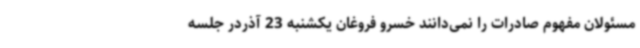
مسئولان مفهوم صادرات را نمی‌دانند خسرو فروغان یکشنبه 23 آذردر جلسه